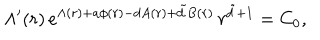
LaTeX: \Lambda ^ { \prime } ( r ) \, e ^ { \Lambda ( r ) + a \phi ( r ) - d A ( r ) + \tilde { d } B ( r ) } \, r ^ { \tilde { d } + 1 } = C _ { 0 } ,